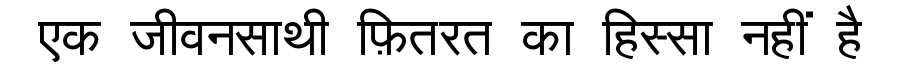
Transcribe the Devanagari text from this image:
एक जीवनसाथी फ़ितरत का हिस्सा नहीं है